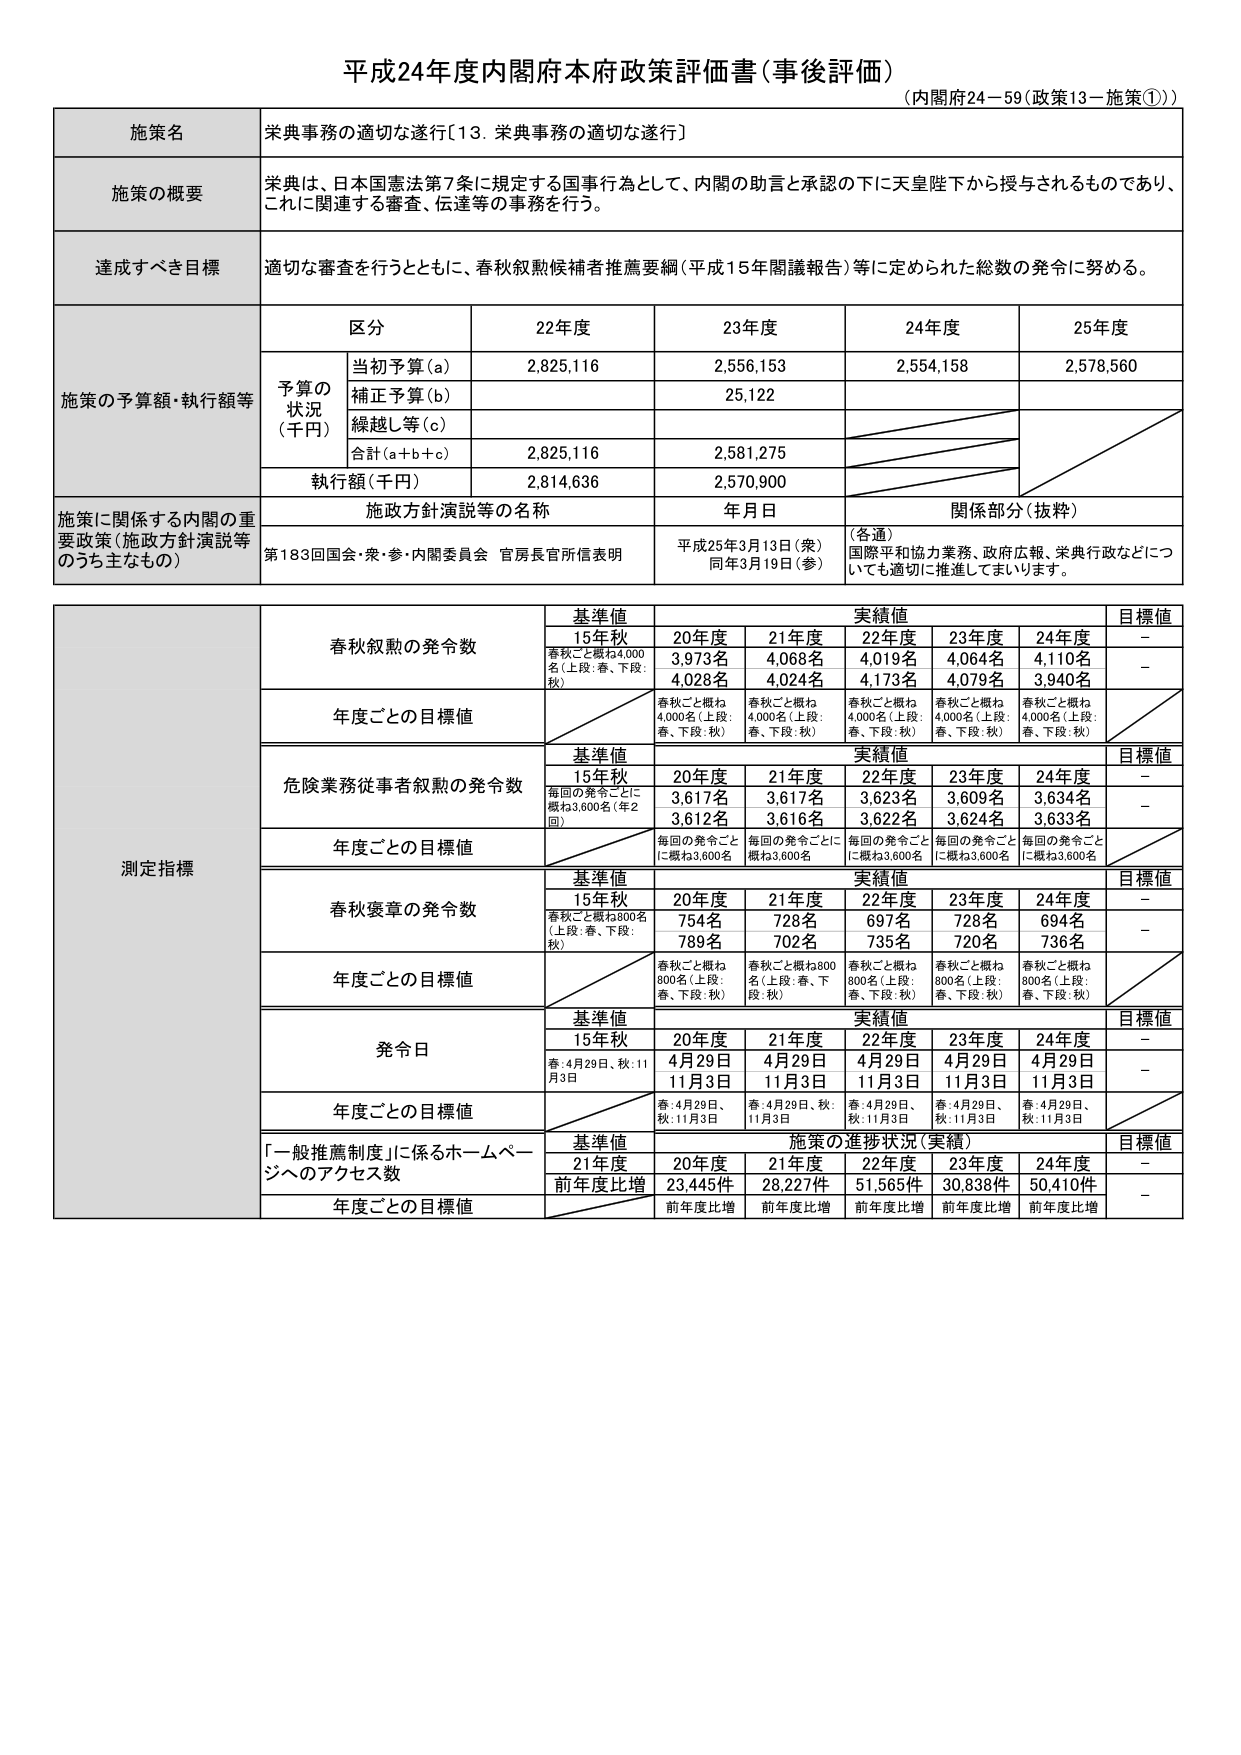
平成24年度内閣府本府政策評価書（事後評価）
（内閣府24－59（政策13－施策①））

施策名
栄典事務の適切な遂行〔13．栄典事務の適切な遂行〕

施策の概要
栄典は、日本国憲法第7条に規定する国事行為として、内閣の助言と承認の下に天皇陛下から授与されるものであり、
これに関連する審査、伝達等の事務を行う。

達成すべき目標
適切な審査を行うとともに、春秋叙勲候補者推薦要綱（平成15年閣議報告）等に定められた総数の発令に努める。

施策の予算額・執行額等
区 分　　22年度　　23年度　　24年度　　25年度
予算の状況（千円）
　当初予算（a）　　2,825,116　　2,556,153　　2,554,158　　2,578,560
　補正予算（b）　　　　　　　　25,122
　繰越し等（c）
　合計（a＋b＋c）　　2,825,116　　2,581,275
　執行額（千円）　　2,814,636　　2,570,900

施策に関係する内閣の重要政策（施政方針演説等のうち主なもの）
施政方針演説等の名称　　年月日　　関係部分（抜粋）
第183回国会・衆・参・内閣委員会　官房長官所信表明　　平成25年3月13日（衆）
　　　　　　　　　　　　　　　　　　　　　　　　　　　同年3月19日（参）　　（各通）
　　　　　　　　　　　　　　　　　　　　　　　　　　　　国際平和協力業務、政府広報、栄典行政などにつ
　　　　　　　　　　　　　　　　　　　　　　　　　　　　いても適切に推進してまいります。

測定指標
春秋叙勲の発令数
　基準値　　実績値　　目標値
　　15年秋　　20年度　　21年度　　22年度　　23年度　　24年度
　春秋ごと概ね4,000名（上段：春、下段：秋）　　3,973名　　4,068名　　4,019名　　4,064名　　4,110名　　－
　　　　　　　　　　　　　　　　　　　　　　4,028名　　4,024名　　4,173名　　4,079名　　3,940名　　－
　年度ごとの目標値
　　　　　　　　　春秋ごと概ね4,000名（上段：春、下段：秋）　　春秋ごと概ね4,000名（上段：春、下段：秋）　　春秋ごと概ね4,000名（上段：春、下段：秋）　　春秋ごと概ね4,000名（上段：春、下段：秋）　　春秋ごと概ね4,000名（上段：春、下段：秋）

危険業務従事者叙勲の発令数
　基準値　　実績値　　目標値
　　15年秋　　20年度　　21年度　　22年度　　23年度　　24年度
　毎回の発令ごとに概ね3,600名（年2回）　　3,617名　　3,617名　　3,623名　　3,609名　　3,634名　　－
　　　　　　　　　　　　　　　　　　　　　　3,612名　　3,616名　　3,622名　　3,624名　　3,633名　　－
　年度ごとの目標値
　　　　　　　　　毎回の発令ごとに概ね3,600名　　毎回の発令ごとに概ね3,600名　　毎回の発令ごとに概ね3,600名　　毎回の発令ごとに概ね3,600名　　毎回の発令ごとに概ね3,600名

春秋褒章の発令数
　基準値　　実績値　　目標値
　　15年秋　　20年度　　21年度　　22年度　　23年度　　24年度
　春秋ごと概ね800名（上段：春、下段：秋）　　754名　　728名　　697名　　728名　　694名　　－
　　　　　　　　　　　　　　　　　　　　　　789名　　702名　　735名　　720名　　736名　　－
　年度ごとの目標値
　　　　　　　　　春秋ごと概ね800名（上段：春、下段：秋）　　春秋ごと概ね800名（上段：春、下段：秋）　　春秋ごと概ね800名（上段：春、下段：秋）　　春秋ごと概ね800名（上段：春、下段：秋）　　春秋ごと概ね800名（上段：春、下段：秋）

発令日
　基準値　　実績値　　目標値
　　15年秋　　20年度　　21年度　　22年度　　23年度　　24年度
　春：4月29日、秋：11月3日　　4月29日　　4月29日　　4月29日　　4月29日　　4月29日　　－
　　　　　　　　　　　　　　　　11月3日　　11月3日　　11月3日　　11月3日　　11月3日　　－
　年度ごとの目標値
　　　　　　　　　春：4月29日、秋：11月3日　　春：4月29日、秋：11月3日　　春：4月29日、秋：11月3日　　春：4月29日、秋：11月3日　　春：4月29日、秋：11月3日

「一般推薦制度」に係るホームページへのアクセス数
　基準値　　施策の進捗状況（実績）　　目標値
　　21年度　　20年度　　21年度　　22年度　　23年度　　24年度
　前年度比増　　23,445件　　28,227件　　51,565件　　30,838件　　50,410件　　－
　年度ごとの目標値　　前年度比増　　前年度比増　　前年度比増　　前年度比増　　前年度比増　　－